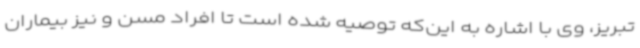
تبریز، وی با اشاره به این‌که توصیه شده است تا افراد مسن و نیز بیماران